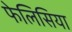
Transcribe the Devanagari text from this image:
फेलिसिया